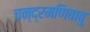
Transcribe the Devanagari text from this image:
चन्द्रमणिबाबु